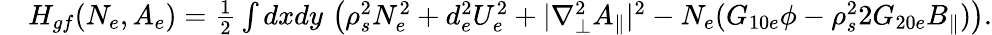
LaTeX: \begin{array}{rl}&{H_{gf}(N_{e},A_{e})=\frac{1}{2}\int dxdy\, \left(\rho_{s}^{2}N_{e}^{2}+d_{e}^{2}U_{e}^{2}+|\nabla_{\perp}^{2}A_{\parallel}|^{2}-N_{e}(G_{10e}\phi-\rho_{s}^{2}2G_{20e}B_{\parallel})\right).}\end{array}